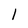
Character: l